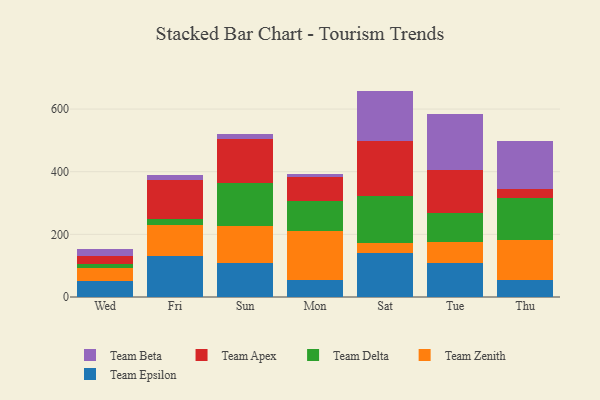
{"axis": {"x": "Day", "y": "Website Visitors"}, "legend": ["Team Apex", "Team Beta", "Team Delta", "Team Epsilon", "Team Zenith"], "data": [{"x": "Wed", "y": 49.6, "type": "Team Epsilon"}, {"x": "Wed", "y": 43.1, "type": "Team Zenith"}, {"x": "Wed", "y": 11.2, "type": "Team Delta"}, {"x": "Wed", "y": 27.5, "type": "Team Apex"}, {"x": "Wed", "y": 22.9, "type": "Team Beta"}, {"x": "Fri", "y": 131.3, "type": "Team Epsilon"}, {"x": "Fri", "y": 98.2, "type": "Team Zenith"}, {"x": "Fri", "y": 20.6, "type": "Team Delta"}, {"x": "Fri", "y": 122.2, "type": "Team Apex"}, {"x": "Fri", "y": 17.1, "type": "Team Beta"}, {"x": "Sun", "y": 110.0, "type": "Team Epsilon"}, {"x": "Sun", "y": 116.3, "type": "Team Zenith"}, {"x": "Sun", "y": 139.0, "type": "Team Delta"}, {"x": "Sun", "y": 140.0, "type": "Team Apex"}, {"x": "Sun", "y": 14.3, "type": "Team Beta"}, {"x": "Mon", "y": 54.7, "type": "Team Epsilon"}, {"x": "Mon", "y": 156.0, "type": "Team Zenith"}, {"x": "Mon", "y": 95.9, "type": "Team Delta"}, {"x": "Mon", "y": 75.7, "type": "Team Apex"}, {"x": "Mon", "y": 9.6, "type": "Team Beta"}, {"x": "Sat", "y": 141.9, "type": "Team Epsilon"}, {"x": "Sat", "y": 31.4, "type": "Team Zenith"}, {"x": "Sat", "y": 150.4, "type": "Team Delta"}, {"x": "Sat", "y": 173.6, "type": "Team Apex"}, {"x": "Sat", "y": 160.8, "type": "Team Beta"}, {"x": "Tue", "y": 109.6, "type": "Team Epsilon"}, {"x": "Tue", "y": 65.6, "type": "Team Zenith"}, {"x": "Tue", "y": 91.8, "type": "Team Delta"}, {"x": "Tue", "y": 140.0, "type": "Team Apex"}, {"x": "Tue", "y": 176.2, "type": "Team Beta"}, {"x": "Thu", "y": 53.7, "type": "Team Epsilon"}, {"x": "Thu", "y": 127.0, "type": "Team Zenith"}, {"x": "Thu", "y": 135.0, "type": "Team Delta"}, {"x": "Thu", "y": 28.1, "type": "Team Apex"}, {"x": "Thu", "y": 154.3, "type": "Team Beta"}]}